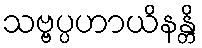
သဗ္ဗပ္ပဟာယိနန္တိ